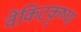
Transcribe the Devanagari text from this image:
वेंकिटकृष्ण